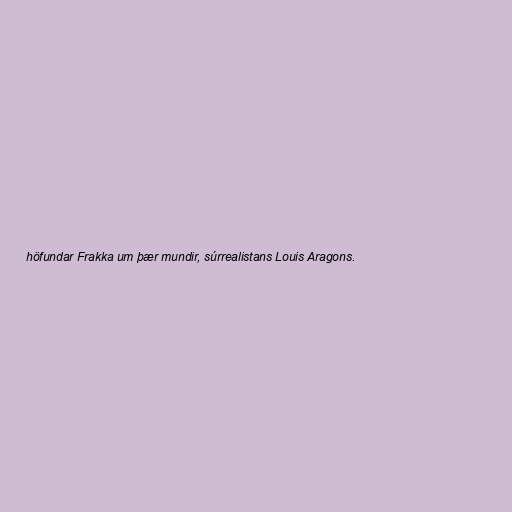
höfundar Frakka um þær mundir, súrrealistans Louis Aragons.